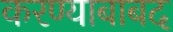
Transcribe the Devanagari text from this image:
करण्याबाबद